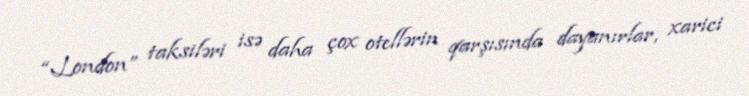
“London” taksiləri isə daha çox otellərin qarşısında dayanırlar, xarici